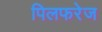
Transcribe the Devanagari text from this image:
पिलफरेज